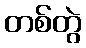
တစ်တွဲ